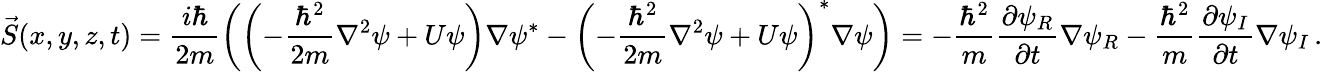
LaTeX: \vec{S}(x,y,z,t)=\frac{i\hbar}{2m}\left(\left(-\frac{\hbar^{2}}{2m}\nabla^{2}\psi+U\psi\right)\nabla\psi^{*}-\left(-\frac{\hbar^{2}}{2m}\nabla^{2}\psi+U\psi\right)^{*}\nabla\psi\right)=-\frac{\hbar^{2}}{m}\frac{\partial\psi_{R}}{\partial t}\nabla\psi_{R}-\frac{\hbar^{2}}{m}\frac{\partial\psi_{I}}{\partial t}\nabla\psi_{I}\, .